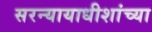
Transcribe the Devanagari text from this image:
सरन्यायाधीशांच्या